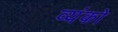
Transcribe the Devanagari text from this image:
व्यंको